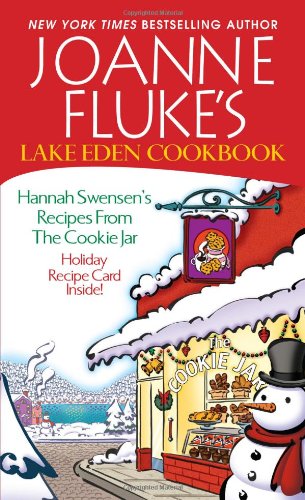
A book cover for Joanne Fluke's Lake Eden Cookbook:: Hannah Swensen's Recipes from The Cookie Jar; Joanne Fluke; Mystery, Thriller & Suspense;